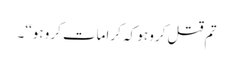
تم قتل کرو ہو کہ کرامات کرو ہو‘‘۔